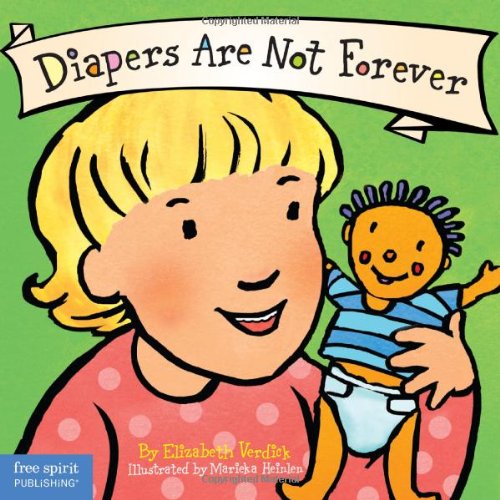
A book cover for Diapers Are Not Forever (Board Book) (Best Behavior Series); Elizabeth Verdick; Parenting & Relationships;